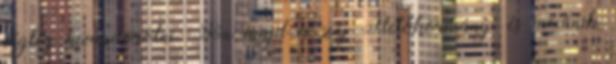
végleg kivándorolni. Jön majd a zúj Fletókormány, és mexűnik